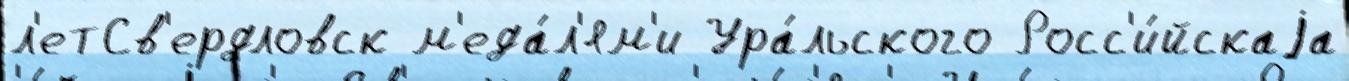
л'етСв'ердловск м'еда́л'ям'и Ура́льского Росс'и́йскаjа